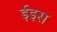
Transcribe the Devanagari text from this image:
ईइस